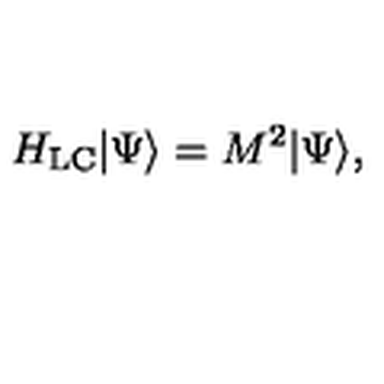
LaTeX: H _ { \mathrm { L C } } | \Psi \rangle = M ^ { 2 } | \Psi \rangle ,